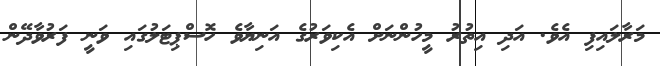
މަރާލައިފި އެވެ. އަދި އިތުރު މީހުންނަށް އެކިވަރުގެ އަނިޔާވެ ހޮސްޕިޓަލުގައި ވަނީ ފަރުވާދޭން